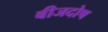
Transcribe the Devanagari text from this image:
बीजदोष